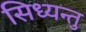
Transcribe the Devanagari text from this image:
सिध्यन्तु